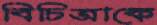
বিচিত্রাকে